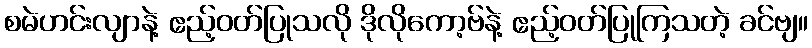
စမဲဟင်းလျာနဲ့ ဧည့်ဝတ်ပြုသလို ဒိုလိုကော့ဗ်နဲ့ ဧည့်ဝတ်ပြုကြသတဲ့ ခင်ဗျ။